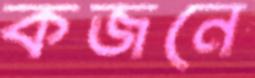
কজনে